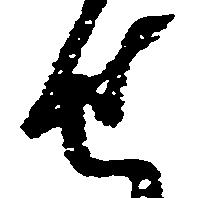
せ